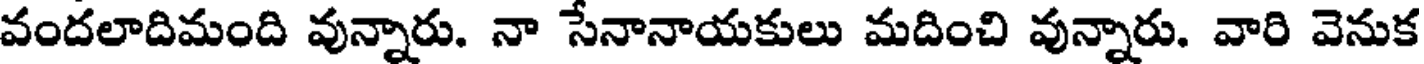
వందలాదిమంది వున్నారు. నా సేనానాయకులు మదించి వున్నారు. వారి వెనుక